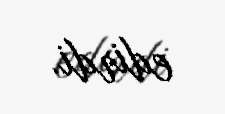
edirdi.